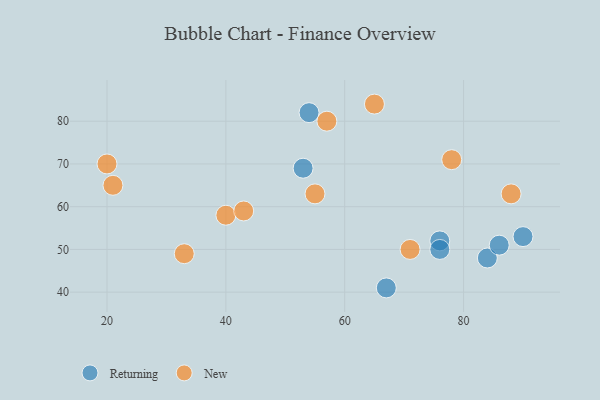
{"axis": {"x": "GDP", "y": "Life Expectancy"}, "legend": ["New", "Returning"], "data": [{"x": "76", "y": 52, "type": "Returning"}, {"x": "76", "y": 50, "type": "Returning"}, {"x": "84", "y": 48, "type": "Returning"}, {"x": "86", "y": 51, "type": "Returning"}, {"x": "67", "y": 41, "type": "Returning"}, {"x": "54", "y": 82, "type": "Returning"}, {"x": "53", "y": 69, "type": "Returning"}, {"x": "90", "y": 53, "type": "Returning"}, {"x": "21", "y": 65, "type": "New"}, {"x": "40", "y": 58, "type": "New"}, {"x": "78", "y": 71, "type": "New"}, {"x": "33", "y": 49, "type": "New"}, {"x": "55", "y": 63, "type": "New"}, {"x": "71", "y": 50, "type": "New"}, {"x": "88", "y": 63, "type": "New"}, {"x": "57", "y": 80, "type": "New"}, {"x": "20", "y": 70, "type": "New"}, {"x": "65", "y": 84, "type": "New"}, {"x": "43", "y": 59, "type": "New"}]}